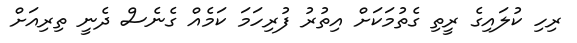
ރިހި ކުލައިގެ ރީތި ގެތުމަކަށް އިތުރު ފުރިހަމަ ކަމެއް ގެނެސް ދެނީ ތިރިއަށް